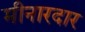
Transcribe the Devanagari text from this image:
मीनारदार